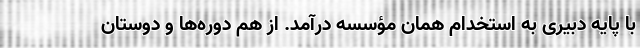
با پایه دبیری به استخدام همان مؤسسه درآمد. از هم دوره‌ها و دوستان